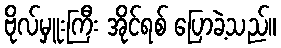
ဗိုလ်မှူးကြီး အိုင်ရစ် ပြောခဲ့သည်။